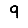
Digit: 9